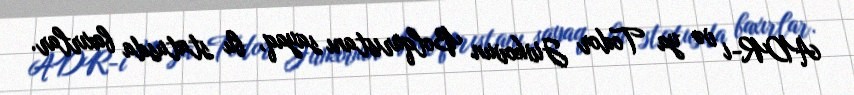
ADR-i və ya Todor Jivkovun Bolqarıstanı sayaq, bu statusda baxırlar.